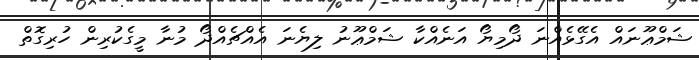
ޝަމްޢޫނައް އެގޭޅެއްނަ ދޯމިޔޯ އަނެއްކާ ޝަމްޢޫނު ލިޔެނަ އެއްޗެއްދޯ މުނާ މީގެކުރިން ހުރިގޮތް